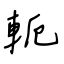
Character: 軛